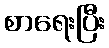
စာရေးပြီး